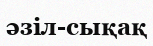
әзіл-сықақ